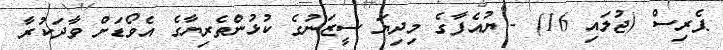
ޕެރިސް (ޖުލައި 16) - ޔުއެފާގެ މިދިޔަ ސީޒަނުގެ ކުޅުންތެރިޔާގެ އެވޯޑަށް ވާދަކުރާ